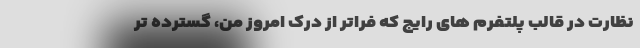
نظارت در قالب پلتفرم های رایج که فراتر از درکِ امروز من، گسترده تر